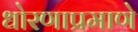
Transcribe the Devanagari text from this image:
धोरणाप्रमाणे